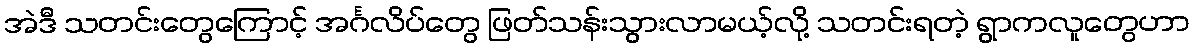
အဲဒီ သတင်းတွေကြောင့် အင်္ဂလိပ်တွေ ဖြတ်သန်းသွားလာမယ့်လို့ သတင်းရတဲ့ ရွာကလူတွေဟာ